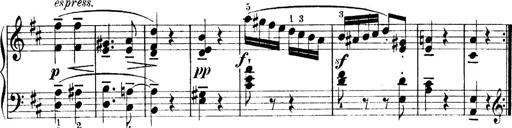
Title: 4 Sonatines
Composer: Max Reger